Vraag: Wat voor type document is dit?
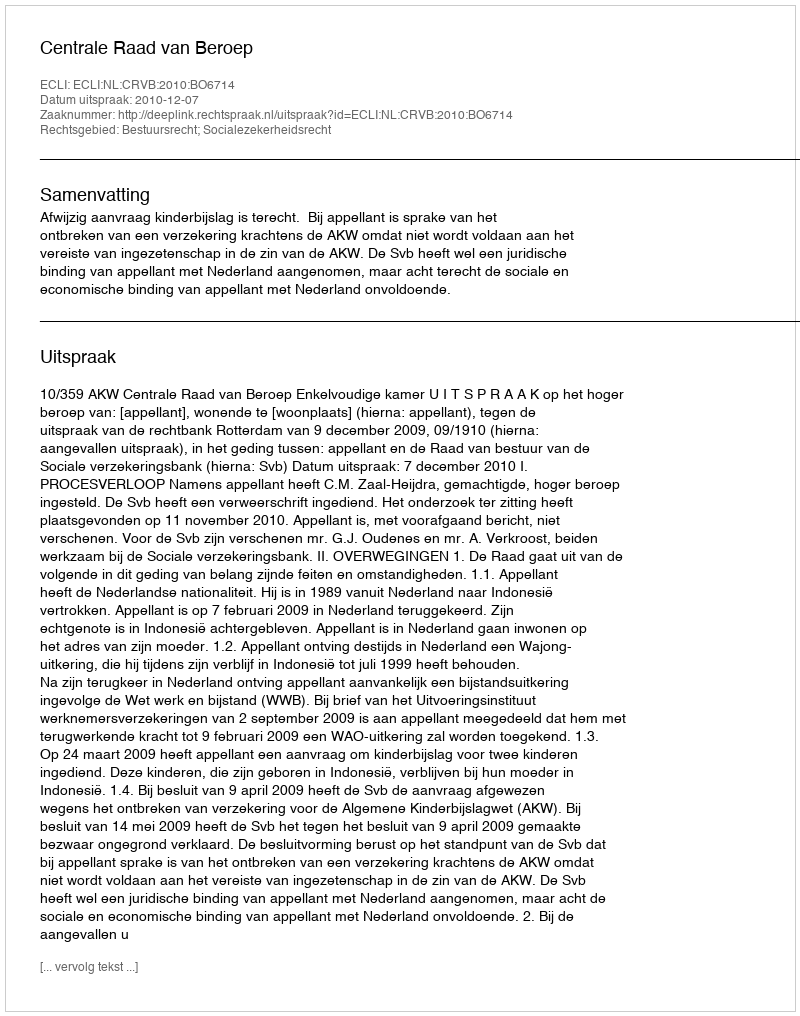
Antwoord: Uitspraak